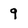
Character: 9